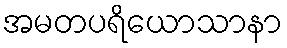
အမတပရိယောသာနာ